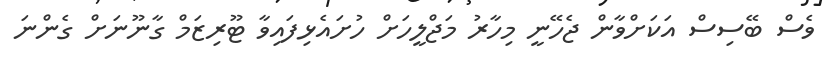
ވެސް ބޭސިސް އަކަށްވާން ޖެހޭނީ މިހާރު މަޖްލީހަށް ހުށައެޅިފައިވާ ޓޫރިޒަމް ގާނޫނަށް ގެންނަ